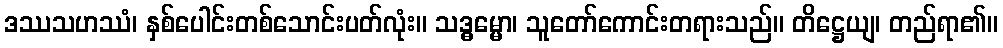
ဒဿသဟဿံ၊ နှစ်ပေါင်းတစ်သောင်းပတ်လုံး။ သဒ္ဓမ္မော၊ သူတော်ကောင်းတရားသည်။ တိဋ္ဌေယျ၊ တည်ရာ၏။